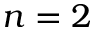
n = 2